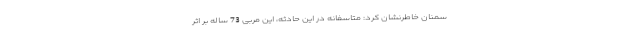
سمنان خاطرنشان کرد: متاسفانه در این حادثه، این مربی 73 ساله بر اثر